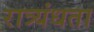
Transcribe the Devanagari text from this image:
रात्र्यंधता